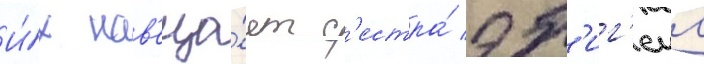
И́х нав'еща́ет с'естра́ эб'иг'еил